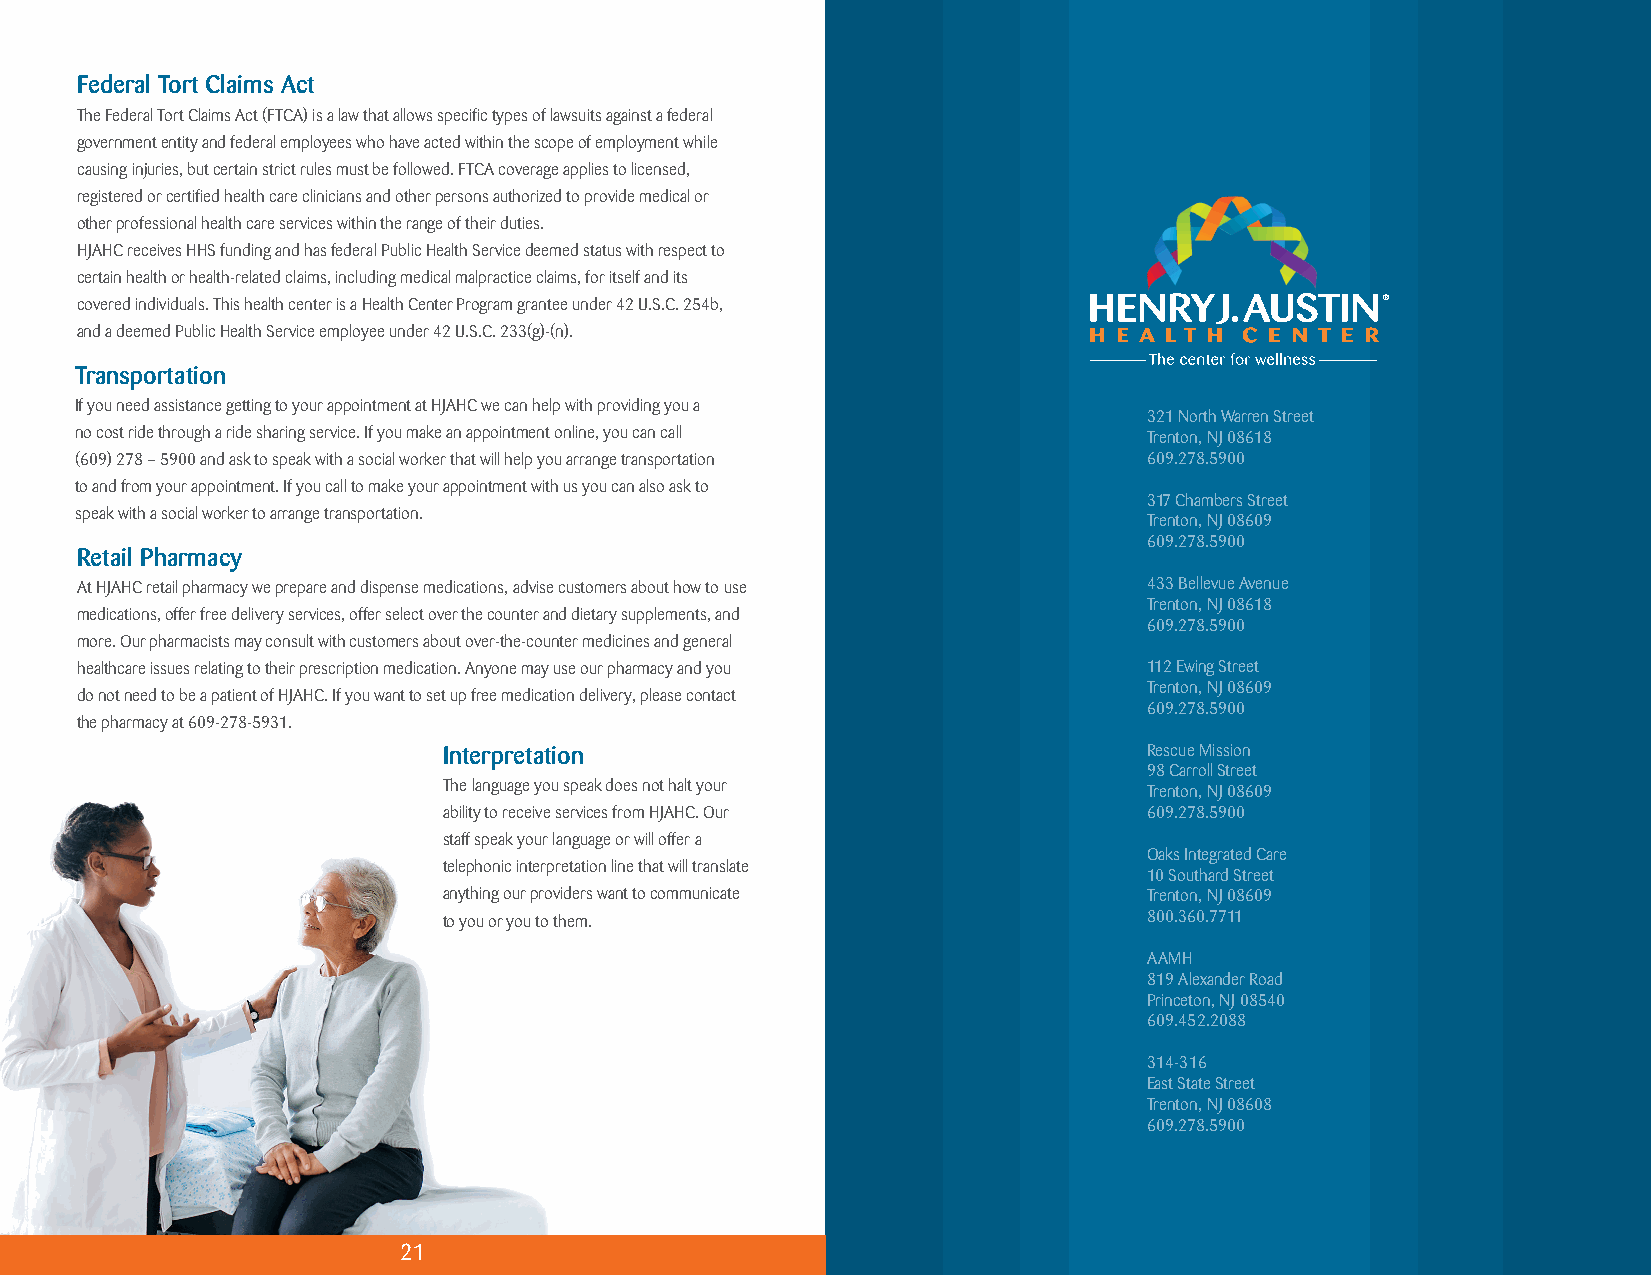
Federal Tort Claims Act
 The Federal Tort Claims Act (FTCA) is a law that allows specific types of lawsuits against a federal
 government entity and federal employees who have acted within the scope of employment while
 causing injuries, but certain strict rules must be followed. FTCA coverage applies to licensed,
 registered or certified health care clinicians and other persons authorized to provide medical or
 other professional health care services within the range of their duties.
 HJAHC receives HHS funding and has federal Public Health Service deemed status with respect to
 certain health or health-related claims, including medical malpractice claims, for itself and its
 covered individuals. This health center is a Health Center Program grantee under 42 U.S.C. 254b, ®
 and a deemed Public Health Service employee under 42 U.S.C. 233(g)-(n).
 Transportation
 If you need assistance getting to your appointment at HJAHC we can help with providing you a
 321 North Warren Street
 no cost ride through a ride sharing service. If you make an appointment online, you can call Trenton, NJ 08618
 (609) 278 – 5900 and ask to speak with a social worker that will help you arrange transportation 609.278.5900
 to and from your appointment. If you call to make your appointment with us you can also ask to
 317 Chambers Street
 speak with a social worker to arrange transportation.
 Trenton, NJ 08609
 609.278.5900
 Retail Pharmacy
 At HJAHC retail pharmacy we prepare and dispense medications, advise customers about how to use 433 Bellevue Avenue
 Trenton, NJ 08618
 medications, offer free delivery services, offer select over the counter and dietary supplements, and
 609.278.5900
 more. Our pharmacists may consult with customers about over-the-counter medicines and general
 healthcare issues relating to their prescription medication. Anyone may use our pharmacy and you 112 Ewing Street
 Trenton, NJ 08609
 do not need to be a patient of HJAHC. If you want to set up free medication delivery, please contact
 609.278.5900
 the pharmacy at 609-278-5931.
 Interpretation                                 Rescue Mission
 98 Carroll Street
 The language you speak does not halt your      Trenton, NJ 08609
 ability to receive services from HJAHC. Our    609.278.5900
 staff speak your language or will offer a
 Oaks Integrated Care
 telephonic interpretation line that will translate
 10 Southard Street
 anything our providers want to communicate     Trenton, NJ 08609
 to you or you to them.                         800.360.7711
 AAMH
 819 Alexander Road
 Princeton, NJ 08540
 609.452.2088
 314-316
 East State Street
 Trenton, NJ 08608
 609.278.5900
 2211